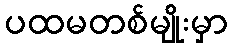
ပထမတစ်မျိုးမှာ